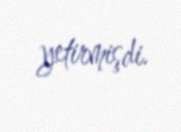
yetirmişdi.